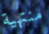
منتهية